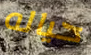
حياله